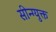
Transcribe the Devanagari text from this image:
सीन्ग्युक्त